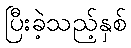
ပြီးခဲ့သည့်နှစ်